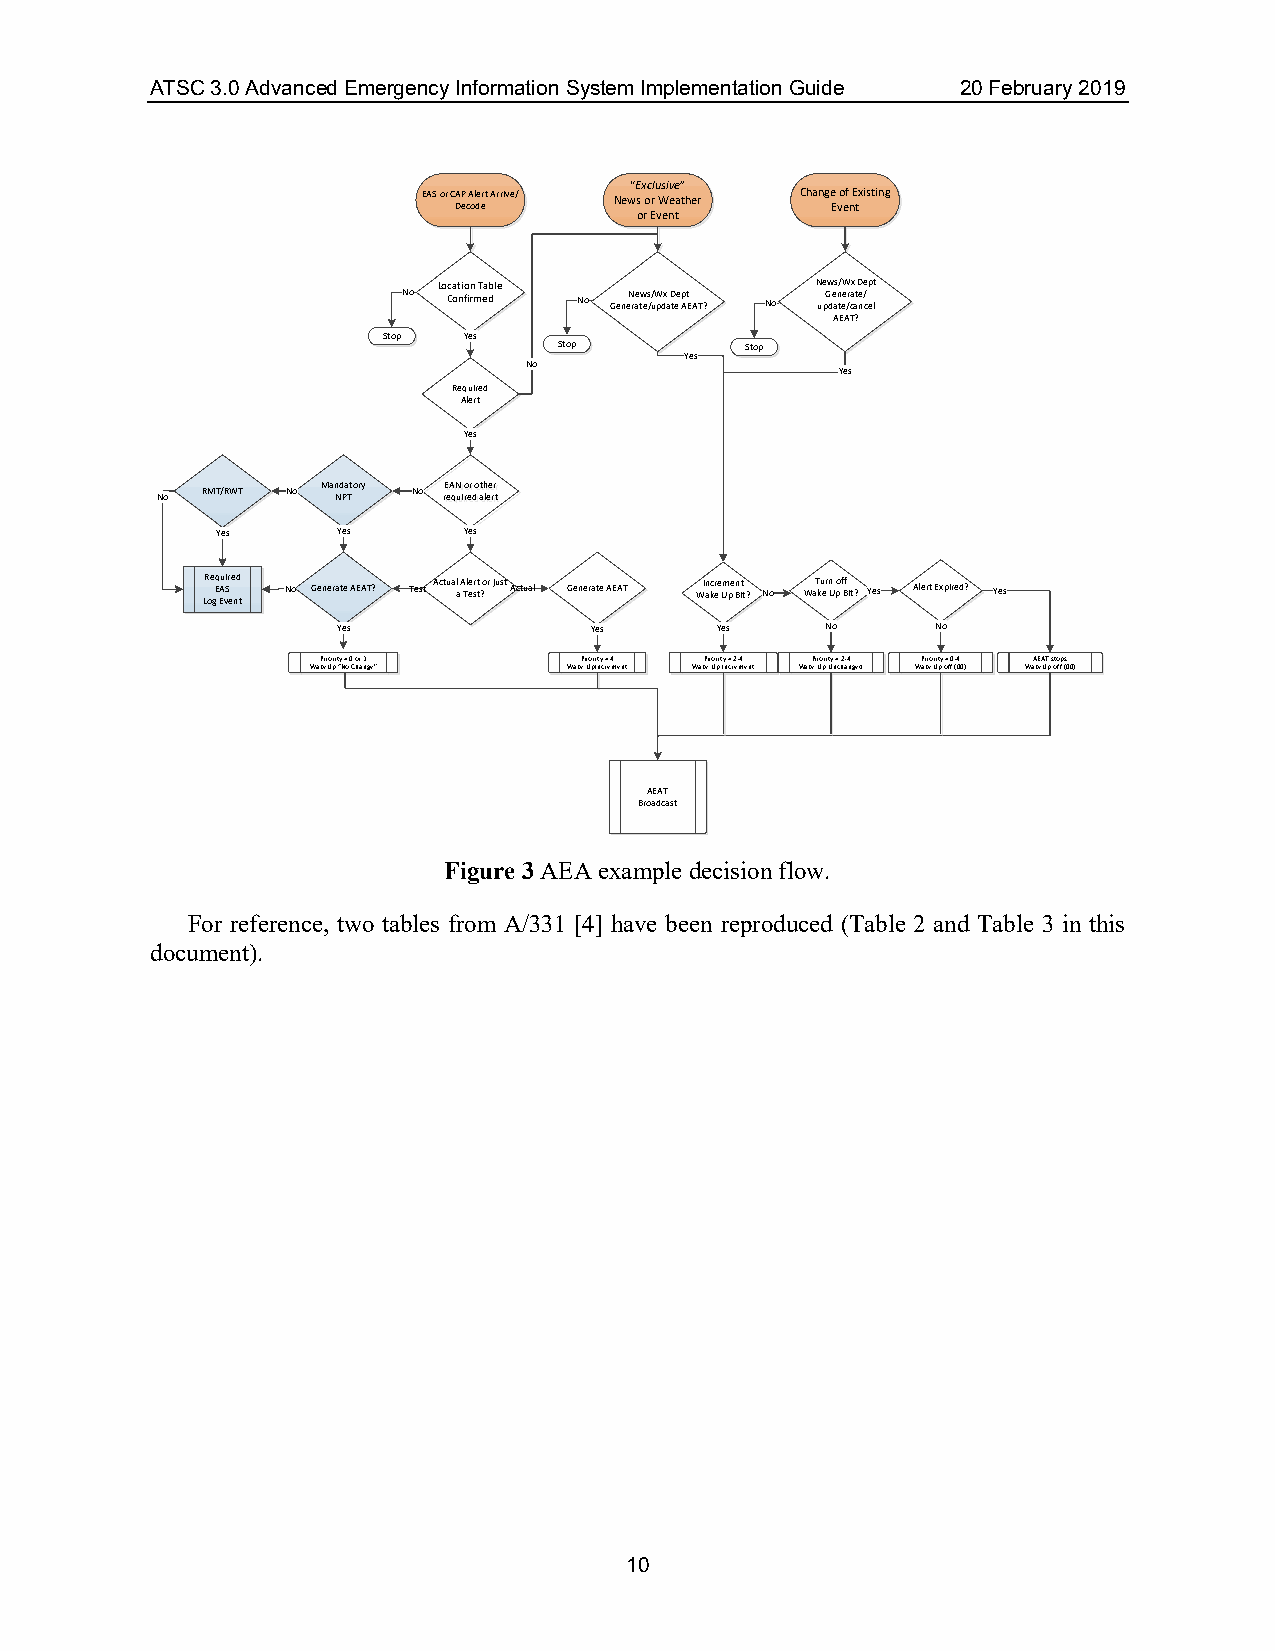
ATSC 3.0 Advanced Emergency Information System Implementation Guide 20 February 2019
 “Exclusive”
 EAS or CAP Alert Arrive/ News or Weather Change of Existing
 Decode                   Event
 or Event
 Location Table           News/Wx Dept
 No Confirmed No GeneN rae tw es // uW pdx a D tee p At EAT? No upG de an tee /r ca ate n/ cel
 AEAT?
 Stop  Yes
 Stop        Stop
 Yes
 No
 Yes
 Required
 Alert
 Yes
 No RMT/RWT No Man Nd Pa Ttory No rE reE eAA qqN uN u i io ro rer er d d oo at ath lh lee ee rr rr t t
 Yes     Yes      Yes
 LR oe gq E Eu A vi Sr e e nd t No Generate AEAT? Test Actual a A Tl ee sr tt ? or just Actual Generate AEAT WI an kc ere Um pe Bn it t? No WaT ku er n U po f Bf it? Yes Alert Expired? Yes
 Yes              Yes     Yes     No     No
 Priority = 0 or 1 Priority = 4 Priority = 2-4 Priority = 2-4 Priority = 0-4 AEAT stops
 Wake Up “No Change” Wake Up Increment Wake Up Increment Wake Up Unchanged Wake Up off (00) Wake Up off (00)
 AEAT
 Broadcast
 Figure 3 AEA example decision flow.
 For reference, two tables from A/331 [4] have been reproduced (Table 2 and Table 3 in this
 document).
 10